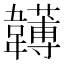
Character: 𩏯